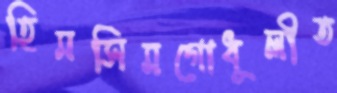
হিমসিমগোধূলীত